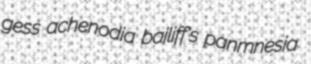
gess achenodia bailiff's panmnesia